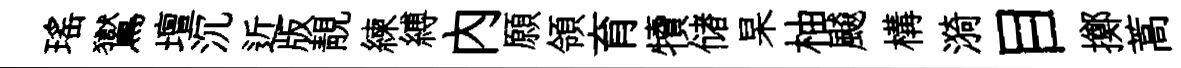
瑤鸑壇沉近版靚練縛內願領育犢储杲柚飇構漪目擲蒿